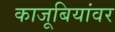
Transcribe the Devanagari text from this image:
काजूबियांवर